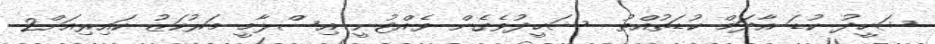
ޝަހީދު ކުޑަ އާދަމް ކުޑަތުއްތު  ޝަހީދުވެގެން ވެއްޓުނީ އިސްލާމީ މަރުކަޒު ކައިރިއަށް2